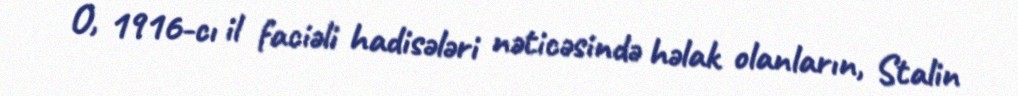
O, 1916-cı il faciəli hadisələri nəticəsində həlak olanların, Stalin